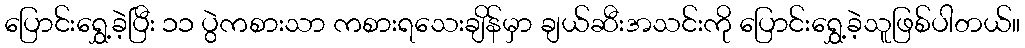
ပြောင်းရွှေ့ခဲ့ပြီး ၁၁ ပွဲကစားသာ ကစားရသေးချိန်မှာ ချယ်ဆီးအသင်းကို ပြောင်းရွှေ့ခဲ့သူဖြစ်ပါတယ်။